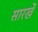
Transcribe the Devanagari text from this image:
सारखें